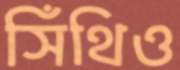
সিঁথিও